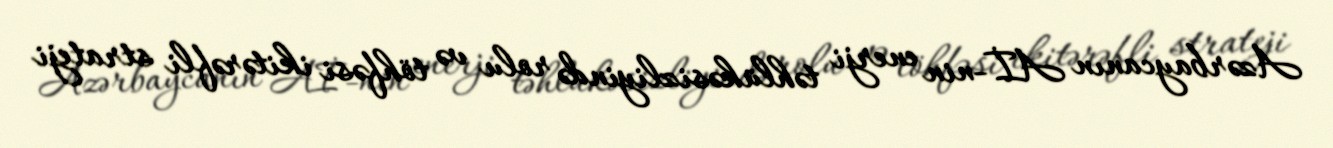
Azərbaycanın Aİ-nin enerji təhlükəsizliyində rolu və töhfəsi ikitərəfli strateji